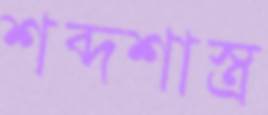
শব্দশাস্ত্র